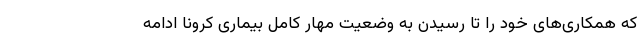
که همکاری‌های خود را تا رسیدن به وضعیت مهار کامل بیماری کرونا ادامه